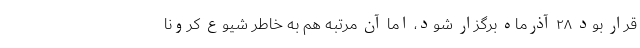
قرار بود ۲۸ آذرماه برگزار شود، اما آن مرتبه هم به خاطر شیوع کرونا